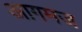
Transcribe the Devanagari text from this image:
आगमज